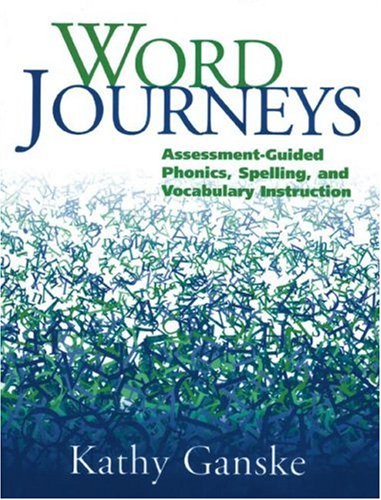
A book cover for Word Journeys: Assessment-Guided Phonics, Spelling, and Vocabulary Instruction; Kathy Ganske Phd; Reference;